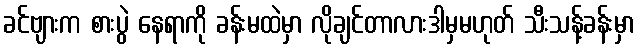
ခင်ဗျားက စားပွဲ နေရာကို ခန်းမထဲမှာ လိုချင်တာလားဒါမှမဟုတ် သီးသန့်ခန်းမှာ